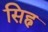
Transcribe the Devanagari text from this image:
सिह्